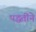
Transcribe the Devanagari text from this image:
पद्धतींने